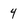
Character: 4